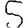
Digit: 5